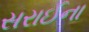
સરાઈના